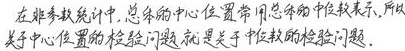
在非参数统计中,总体的中心位置常用总体的中位数表示,所以关于中心位置的检验问题就是关于中位数的检验问题.